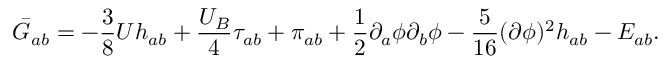
\bar { G } _ { a b } = - \frac { 3 } { 8 } U h _ { a b } + \frac { U _ { B } } { 4 } \tau _ { a b } + \pi _ { a b } + \frac { 1 } { 2 } \partial _ { a } \phi \partial _ { b } \phi - \frac { 5 } { 1 6 } ( \partial \phi ) ^ { 2 } h _ { a b } - E _ { a b } .